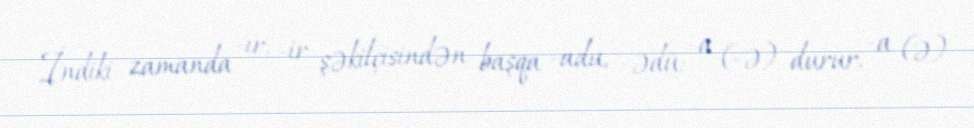
İndiki zamanda -ır, -ir şəkilçisindən başqa -adu, -ədü; -a (-ə) durur, -a (ə)